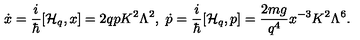
\dot { x } = { \frac { i } { \hbar } } [ { \cal H } _ { q } , x ] = 2 q p K ^ { 2 } \Lambda ^ { 2 } , \ \dot { p } = { \frac { i } { \hbar } } [ { \cal H } _ { q } , p ] = { \frac { 2 m g } { q ^ { 4 } } } x ^ { - 3 } K ^ { 2 } \Lambda ^ { 6 } .